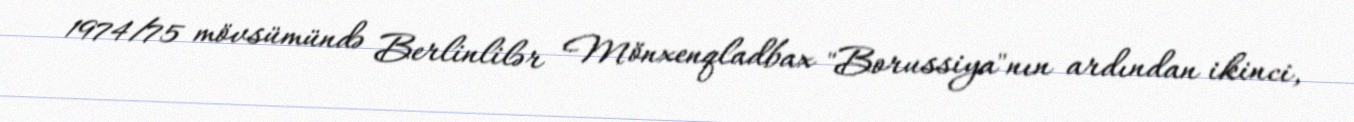
1974/75 mövsümündə Berlinlilər Mönxenqladbax "Borussiya"nın ardından ikinci,